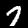
Digit: 7